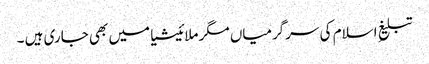
تبلیغِ اسلام کی سرگرمیاں مگر ملائیشیا میں بھی جاری ہیں ۔